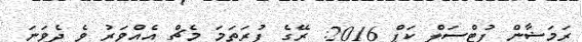
ރަމަޟާން ފުޓްސަލް ކަޕް 2016: ރޭގެ ފުރަތަމަ މެޗް އެއްވަރު ވެ ދެވަނަ